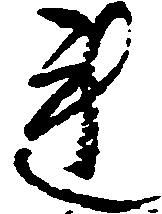
連